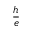
\frac { h } { e }